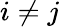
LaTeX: i\neq j